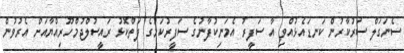
ސެނަގަލް ސަރުކާރުން ކަނޑައެޅުއްވި އާ ސަފީރު އެމަނިކުފާނުގެ ސަފީރުކަމުގެ ފަތްކޮޅު ރައީސުލްޖުމްހޫރިއްޔާއަށް އެރުވުން